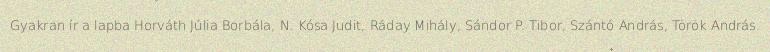
Gyakran ír a lapba Horváth Júlia Borbála, N. Kósa Judit, Ráday Mihály, Sándor P. Tibor, Szántó András, Török András.